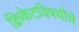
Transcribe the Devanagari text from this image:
क्रिकेटविषयीचे